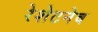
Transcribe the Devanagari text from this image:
रेशेटनेव